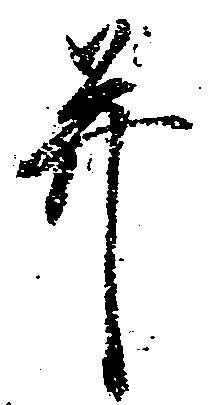
并